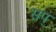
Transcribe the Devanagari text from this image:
सप्